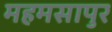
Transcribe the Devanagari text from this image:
महमसापुर